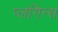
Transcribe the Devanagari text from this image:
प्लगिन्स